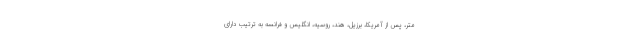
متر، پس از آمریکا، برزیل، هند، روسیه، انگلیس و فرانسه به ترتیب دارای